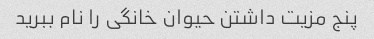
پنج مزیت داشتن حیوان خانگی را نام ببرید